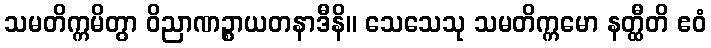
သမတိက္ကမိတွာ ဝိညာဏဉ္စာယတနာဒီနိ။ သေသေသု သမတိက္ကမော နတ္ထီတိ ဧဝံ